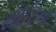
રાઈટના